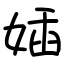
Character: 㛼